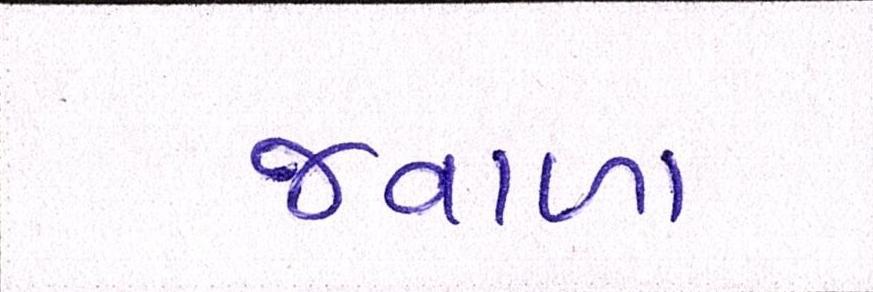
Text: જ્વાળા